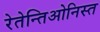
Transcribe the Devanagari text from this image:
रेतेन्तिओनिस्त